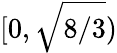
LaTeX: [0,\sqrt{8/3})